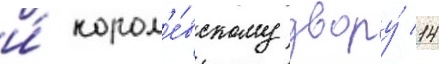
и́ корол'е́вскому двору́ 14